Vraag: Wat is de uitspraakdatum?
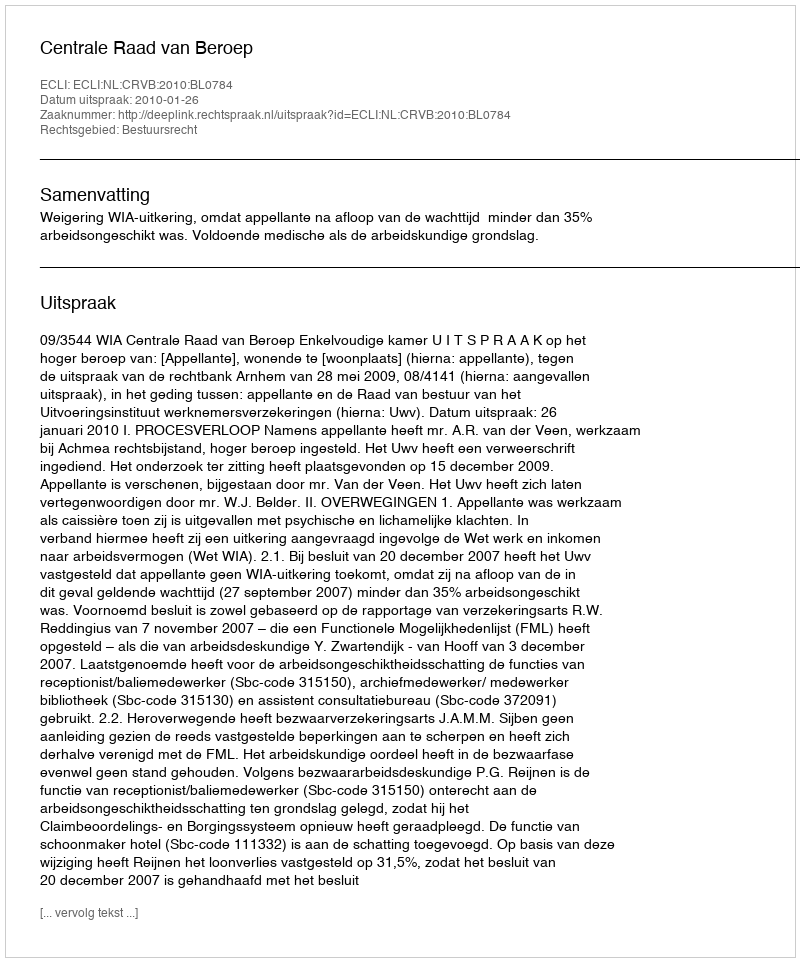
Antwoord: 2010-01-26